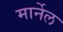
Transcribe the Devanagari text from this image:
मार्नेल